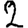
Digit: 2